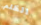
الظلم